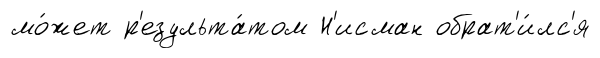
мо́жет р'езульта́том Н'исман обрат'и́лс'я